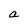
Character: a